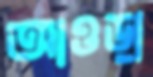
আওড়া